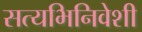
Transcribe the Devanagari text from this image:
सत्यभिनिवेशी